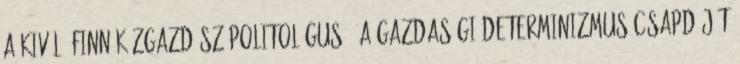
A kiváló finn közgazdász-politológus – a gazdasági determinizmus csapdáját